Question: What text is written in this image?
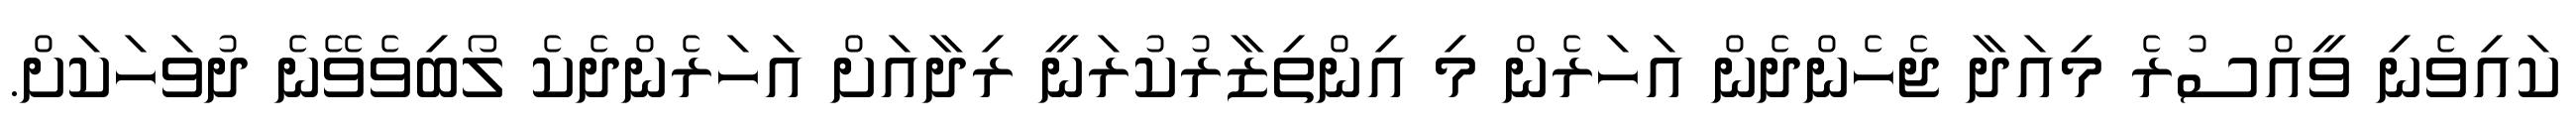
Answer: ކައިވެނި ވީއްސުރެ މިއަދާ ޖެހެންދެން އަހަރެން މި އިންތިޒާރުކުރަނީ ރިދާއަށް އަހަރެންދެކެ ލޯބިވެވޭނެ ދުވަހަކަށް.